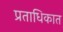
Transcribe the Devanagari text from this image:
प्रताधिकात